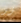
زو